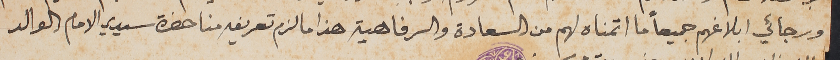
ورجائي ابلاغهم جميعاً ما اتمناه لهم من السعادة والرفاهية هذا ما لزم تعريفه منا حضرة سيدي الامام الوالد